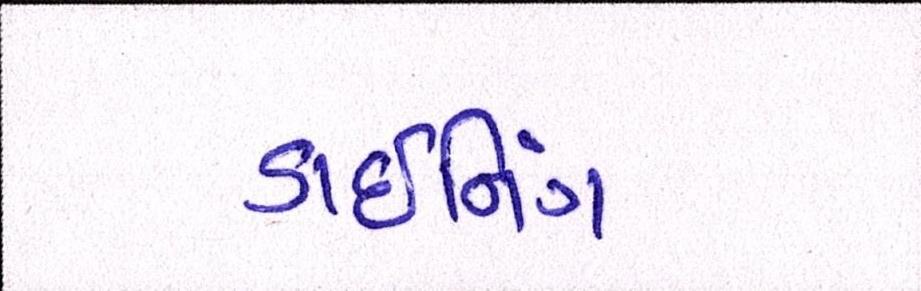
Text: ડાઈનિંગ